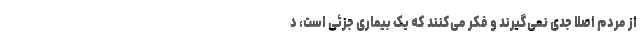
از مردم اصلا جدی نمی‌گیرند و فکر می‌کنند که یک بیماری جزئی است، د